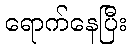
ရောက်နေပြီး